Medical and sanitary report of the native army of Madras for the year
Year: 1875
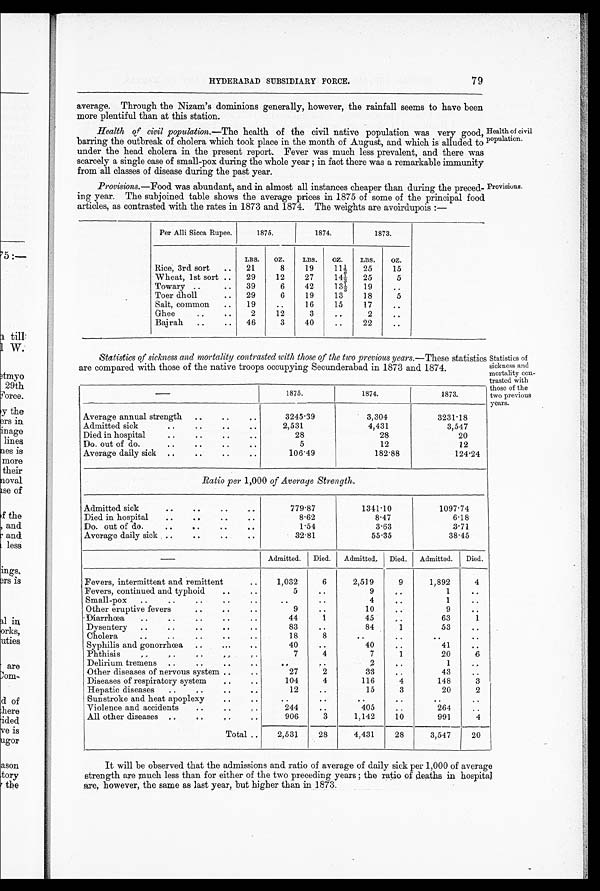
HYDERABAD SUBSIDIARY FORCE.
79
average. Through the Nizam's dominions generally, however, the rainfall seems to have been
more plentiful than at this station.
Health of civil population.— The health of the civil native population was very good,
barring the outbreak of cholera which took place in the month of August, and which is alluded to
under the head cholera in the present report. Fever was much less prevalent, and there was
scarcely a single case of small-pox during the whole year ; in fact there was a remarkable immunity
from all classes of disease during the past year.
Health of civil
population.
Provisions.-Food was abundant, and in almost all instances cheaper than during the preced- Provisions
ing year. The subjoined table shows the average prices in 1875 of some of the principal food
articles, as contrasted with the rates in 1873 and 1874. The weights are avoirdupois :
—
Per Alli Sicca Rupee.
1875.
1874.
1873.
LBS.
OZ.
LBS.
OZ.
LBS.
OZ.
Rice, 3rd sort
..
21
8
19
11 1/2 25
15
Wheat, 1st sort ..
29
12
27
14 1/3
25
5
To-wary ..
..
39
6
42
13 1/3
19
..
To er dholl
..
29
6
19
13
18
5
Salt, common
..
19
..
16
15
17
..
Ghee
..
..
2
12
3
..
2
..
Bajrah
..
..
46
3
40
..
22
..
1875.
1874.
1873.
Average annual strength ..
..
..
3245.39
3,304
3231.18
Admitted sick
..
..
..
..
2,531
4,431
3,547
..
Died in hospital..
• •
28
28
20
Do. out of do.
..
..
..
..
5
12
12
Average daily sick ..
..
..
..
106.49
182.88
124.24
Ratio per 1,000 of Average Strength.
Admitted sick
..
..
..
779.87
1341.10
1097.74
Died in hospital
..
..
..
..
8.62
8.47
6.18
Do. out of do.
..
..
..
..
1.54
3.63
3.71
Average daily sick ..
.. ..
32.81
55.35
38.45
Admitted. I Died. Admitted Died. Admitted. Died.
Fevers, intermittent and remittent
..
1,032
6
2,519
9
1,892
4
Fevers, continued and typhoid
..
..
5
..
9
..
1
..
Small-pox
..
..
..
..
..
..
4
..
1
..
Other eruptive fevers
..
.. ..
9
..
10 ..
9
..
Diarrhcea
..
..
..
44
1
45
..
63
1
Dysentery ..
..
83
..
84
1
53
..
Cholera
..
..
. .
..
18
8
..
..
..
..
Syphilis and gonorrhoea ..
...
..
40
..
40 ..
41
..
Phthisis
„
..
..
..
..
7
4
7
1
20
6
Delirium tremens .. ..
..
..
..
..
2
..
1
..
Other diseases of nervous system ..
..
27 2
33 ..
43
..
Diseases of respiratory system
..
..
104
4
116
4
148
3
Hepatic diseases
..
..
..
12
..
15
3
20
2
Sunstroke and heat apoplexy
..
..
..
..
..
..
..
Violence and accidents
..
244
..
405
..
264
..
All other diseases
..
..
906
3
1,142
10
991
4
Total ..
2,531
28
4,431
28
3,547
20
It will be observed that the admissions and ratio of average of daily sick per 1,000 of average
strength are much less than for either of the two preceding years ; the ratio of deaths in hospital
are, however, the same as last year, but higher than in 1873.
Statistics of sickness and mortality contrasted with those of the two previous years. —These statistics Statistics of
are compared with those of the native troops occupying Secunderabad in 1873 and 1874.
sickness and
mortality con
trasted with
those of the
two previous
years.